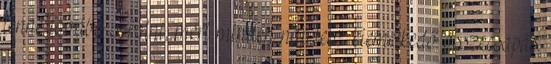
lenne tovább sorolni, mert minden nap lesz kiemelkedő összecsapás.